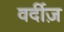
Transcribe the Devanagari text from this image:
वर्दीज़